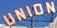
UNION